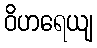
ဝိဟရေယျ